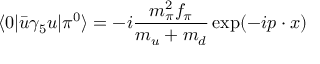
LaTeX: \langle 0 | \bar { u } \gamma _ { 5 } u | \pi ^ { 0 } \rangle = - i { \frac { m _ { \pi } ^ { 2 } f _ { \pi } } { m _ { u } + m _ { d } } } \exp ( - i p \cdot x )